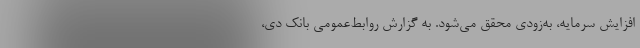
افزایش سرمایه، به‌زودی محقق می‌شود. به گزارش روابط‌عمومی بانک دی،